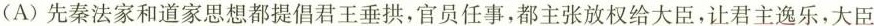
(A)先秦法家和道家思想都提倡君王垂拱，官员任事，都主张放权给大臣，让君主逸乐，大臣